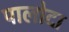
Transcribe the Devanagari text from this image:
पालोदा